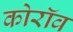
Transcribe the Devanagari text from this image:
कोरॉव